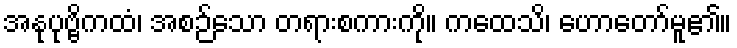
အနုပုဗ္ဗိကထံ၊ အစဉ်သော တရားစကားကို။ ကထေသိ၊ ဟောတော်မူ၏။